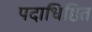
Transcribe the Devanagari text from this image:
पदाधिष्ठित